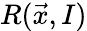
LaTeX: R(\vec{x},I)